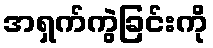
အရှက်ကွဲခြင်းကို